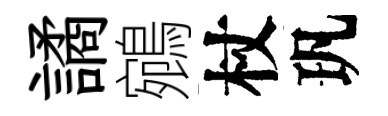
譎鵷杖㺬